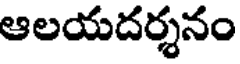
ఆలయదర్శనం